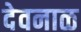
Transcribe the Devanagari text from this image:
देवनाळ